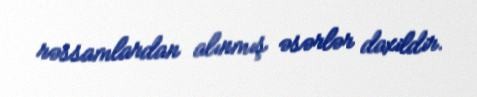
rəssamlardan alınmış əsərlər daxildir.